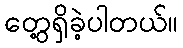
တွေ့ရှိခဲ့ပါတယ်။